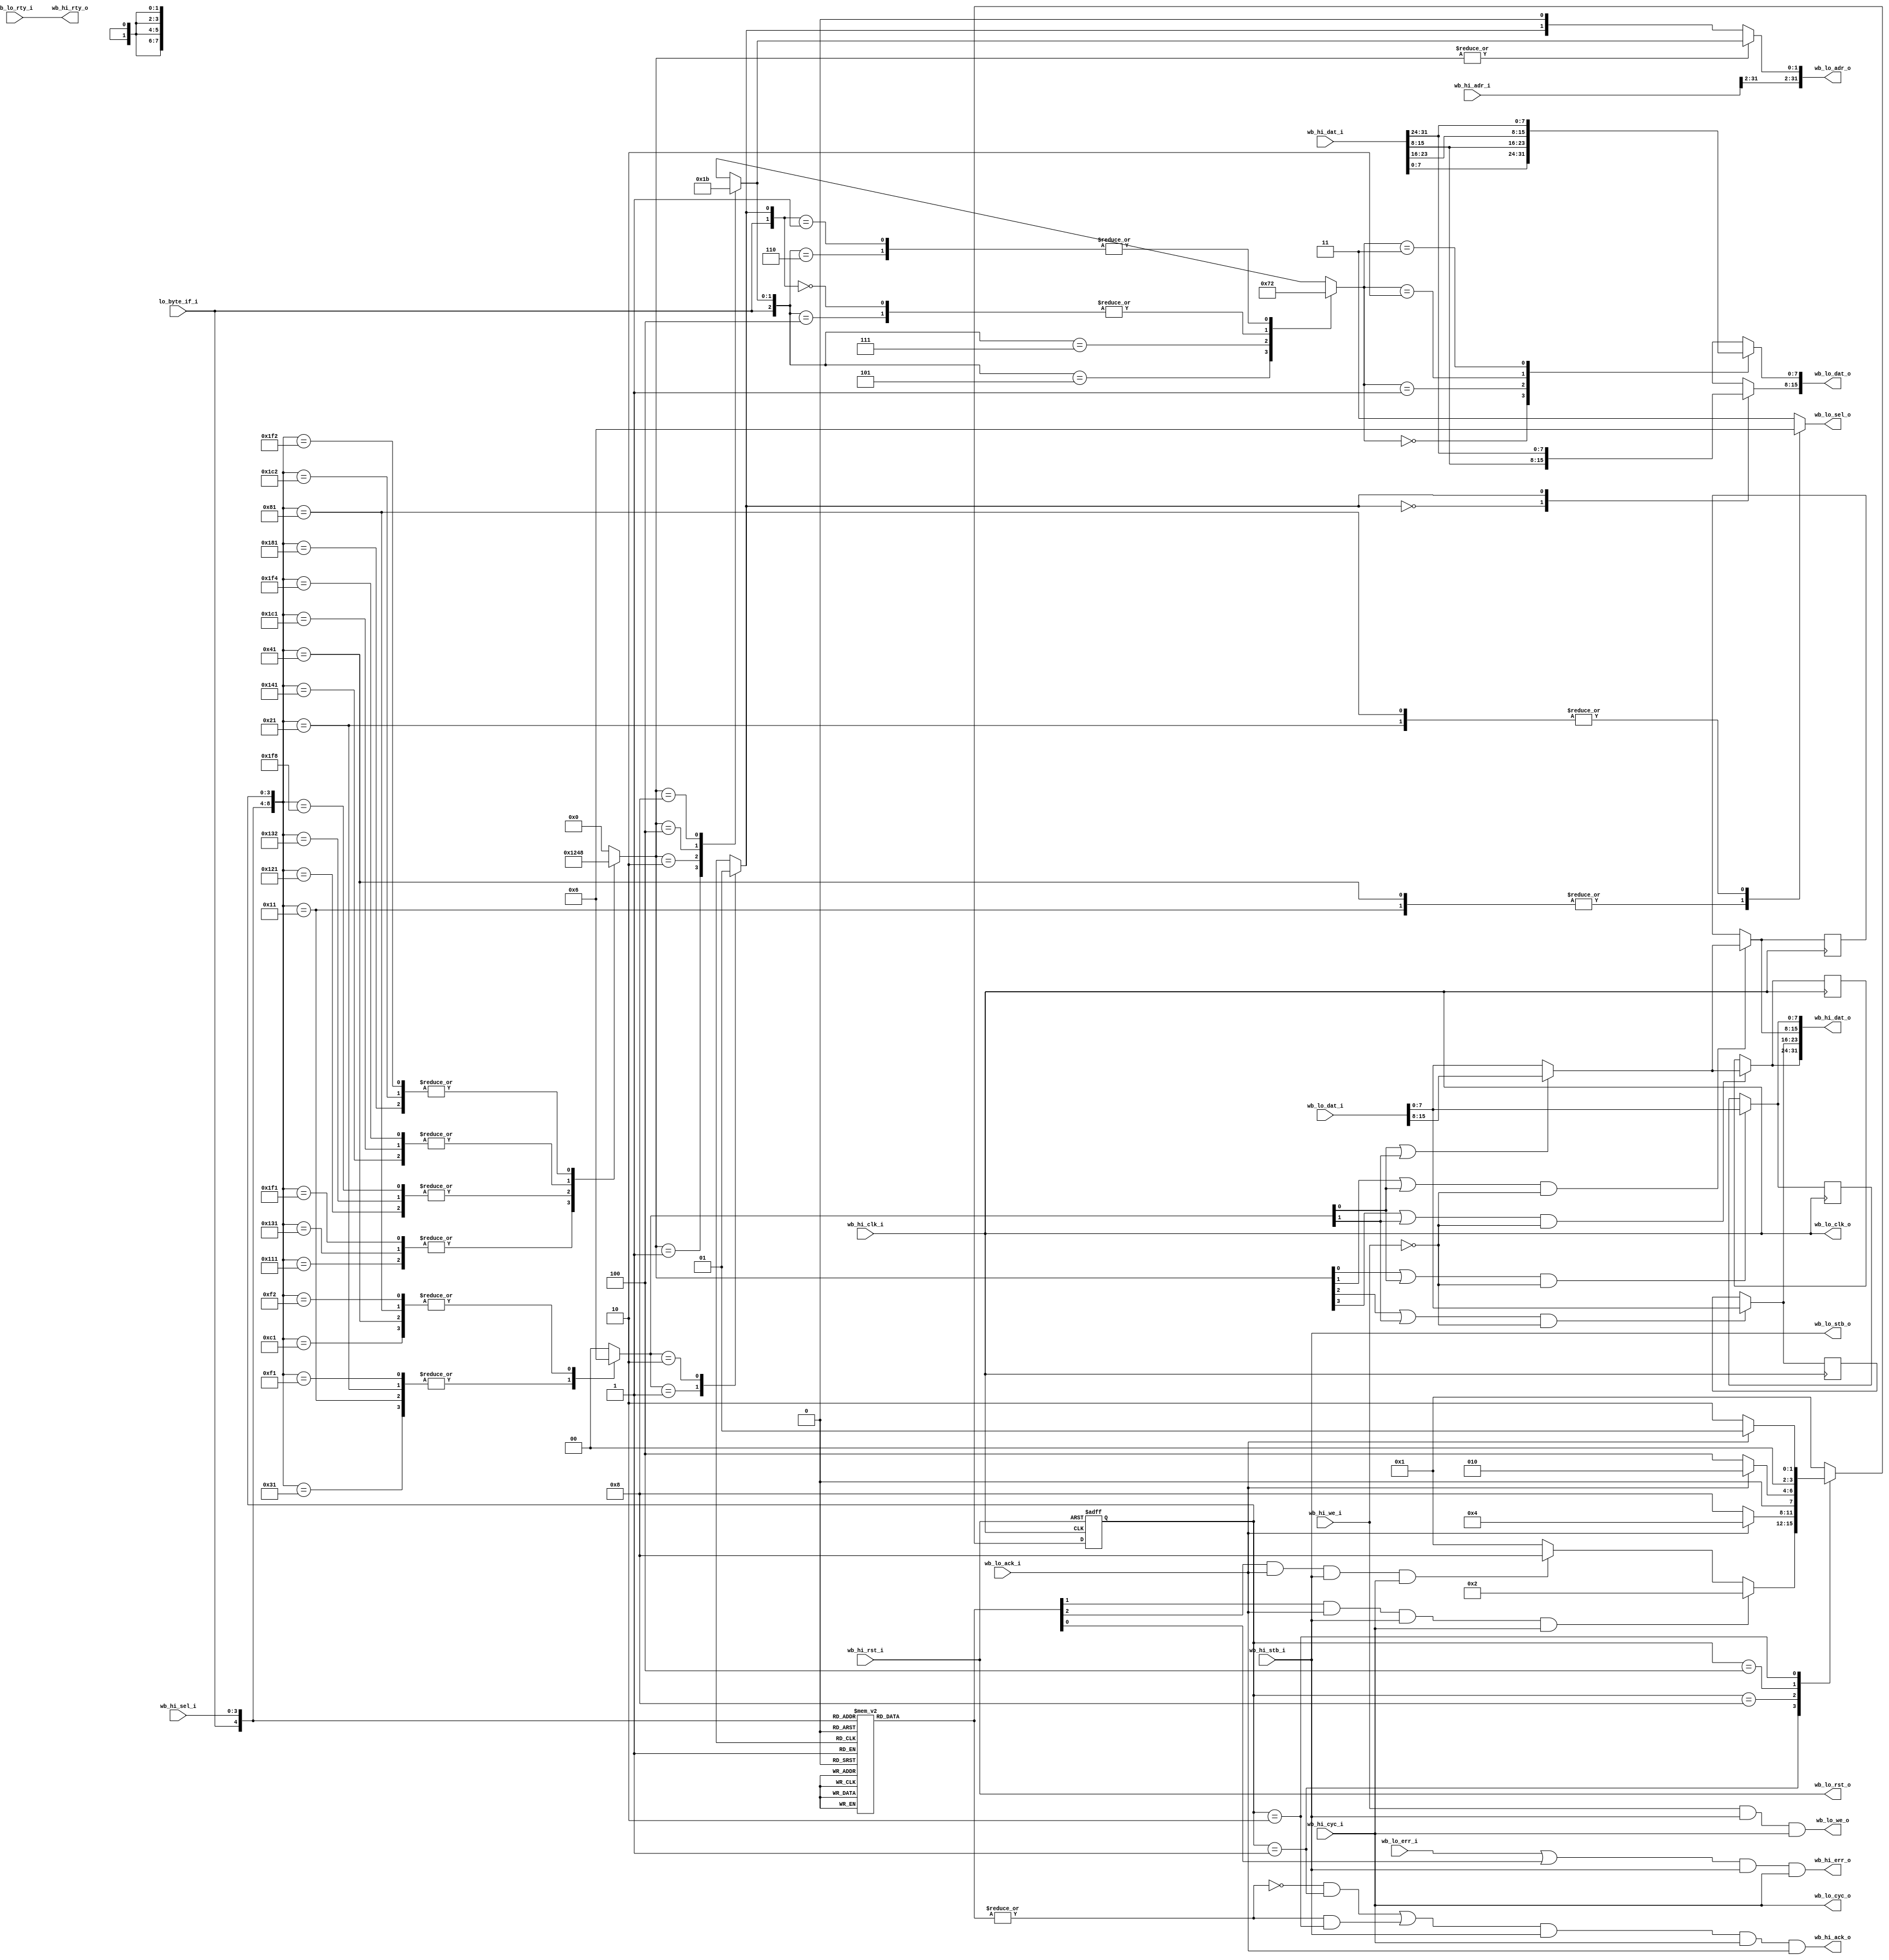
//////////////////////////////////////////////////////////////////////
////                                                              ////
//// Copyright (C) 2009 Authors and OPENCORES.ORG                 ////
////                                                              ////
//// This source file may be used and distributed without         ////
//// restriction provided that this copyright statement is not    ////
//// removed from the file and that any derivative work contains  ////
//// the original copyright notice and the associated disclaimer. ////
////                                                              ////
//// This source file is free software; you can redistribute it   ////
//// and/or modify it under the terms of the GNU Lesser General   ////
//// Public License as published by the Free Software Foundation; ////
//// either version 2.1 of the License, or (at your option) any   ////
//// later version.                                               ////
////                                                              ////
//// This source is distributed in the hope that it will be       ////
//// useful, but WITHOUT ANY WARRANTY; without even the implied   ////
//// warranty of MERCHANTABILITY or FITNESS FOR A PARTICULAR      ////
//// PURPOSE.  See the GNU Lesser General Public License for more ////
//// details.                                                     ////
////                                                              ////
//// You should have received a copy of the GNU Lesser General    ////
//// Public License along with this source; if not, download it   ////
//// from http://www.opencores.org/lgpl.shtml                     ////
////                                                              ////
//////////////////////////////////////////////////////////////////////

`timescale 1ns/10ps


module wb_size_bridge(
                        input         wb_hi_clk_i,
                        input         wb_hi_rst_i,
                        output [31:0] wb_hi_dat_o,
                        input  [31:0] wb_hi_dat_i,
                        input  [31:0] wb_hi_adr_i,
                        input         wb_hi_cyc_i,
                        input         wb_hi_stb_i,
                        input         wb_hi_we_i,
                        input  [3:0]  wb_hi_sel_i,
                        output        wb_hi_ack_o,
                        output        wb_hi_err_o,
                        output        wb_hi_rty_o,

                        output        wb_lo_clk_o,
                        output        wb_lo_rst_o,
                        input  [15:0] wb_lo_dat_i,
                        output [15:0] wb_lo_dat_o,
                        output [31:0] wb_lo_adr_o,
                        output        wb_lo_cyc_o,
                        output        wb_lo_stb_o,
                        output        wb_lo_we_o,
                        output [1:0]  wb_lo_sel_o,
                        input         wb_lo_ack_i,
                        input         wb_lo_err_i,
                        input         wb_lo_rty_i,
                        
                        input         lo_byte_if_i
                      );

  // --------------------------------------------------------------------
  //  state machine encoder
  reg [2:0] state_enc;
  
  wire state_enc_3_more_chunks  = state_enc[2];
  wire state_enc_1_more_chunks  = state_enc[1];
  wire state_enc_error          = state_enc[0];
  
  always @(*)
    case( { lo_byte_if_i, wb_hi_sel_i } )
      5'b1_0001:  state_enc = { 1'b0, 1'b0, 1'b0 };
      5'b1_0010:  state_enc = { 1'b0, 1'b0, 1'b0 };
      5'b1_0100:  state_enc = { 1'b0, 1'b0, 1'b0 };
      5'b1_1000:  state_enc = { 1'b0, 1'b0, 1'b0 };
      5'b1_0011:  state_enc = { 1'b0, 1'b1, 1'b0 };
      5'b1_1100:  state_enc = { 1'b0, 1'b1, 1'b0 };
      5'b1_1111:  state_enc = { 1'b1, 1'b0, 1'b0 };
      5'b0_0001:  state_enc = { 1'b0, 1'b0, 1'b0 };
      5'b0_0010:  state_enc = { 1'b0, 1'b0, 1'b0 };
      5'b0_0100:  state_enc = { 1'b0, 1'b0, 1'b0 };
      5'b0_1000:  state_enc = { 1'b0, 1'b0, 1'b0 };
      5'b0_0011:  state_enc = { 1'b0, 1'b0, 1'b0 };
      5'b0_1100:  state_enc = { 1'b0, 1'b0, 1'b0 };
      5'b0_1111:  state_enc = { 1'b0, 1'b1, 1'b0 };
      default:   state_enc = { 1'b0, 1'b0, 1'b1 };
    endcase
    
    
  // --------------------------------------------------------------------
  //  state machine

  localparam   STATE_DONT_CARE     = 4'b????;
  localparam   STATE_PASS_THROUGH  = 4'b0001;
  localparam   STATE_1_MORE_CHUNK  = 4'b0010;
  localparam   STATE_2_MORE_CHUNK  = 4'b0100;
  localparam   STATE_3_MORE_CHUNK  = 4'b1000;

  reg [3:0] state;
  reg [3:0] next_state;

  always @(posedge wb_hi_clk_i or posedge wb_hi_rst_i)
    if(wb_hi_rst_i)
      state <= STATE_PASS_THROUGH;
    else
      state <= next_state;

  always @(*)
    case( state )
      STATE_PASS_THROUGH: if( state_enc_1_more_chunks & wb_lo_ack_i & wb_hi_stb_i & wb_hi_cyc_i )
                            next_state = STATE_1_MORE_CHUNK;
                          else if( state_enc_3_more_chunks & wb_lo_ack_i & wb_hi_stb_i & wb_hi_cyc_i )
                            next_state = STATE_3_MORE_CHUNK;
                          else
                            next_state = STATE_PASS_THROUGH;

      STATE_3_MORE_CHUNK: if( wb_lo_ack_i )
                            next_state = STATE_2_MORE_CHUNK;
                          else
                            next_state = STATE_3_MORE_CHUNK;
                            
      STATE_2_MORE_CHUNK: if( wb_lo_ack_i )
                            next_state = STATE_1_MORE_CHUNK;
                          else
                            next_state = STATE_2_MORE_CHUNK;

      STATE_1_MORE_CHUNK: if( wb_lo_ack_i )
                            next_state = STATE_PASS_THROUGH;
                          else
                            next_state = STATE_1_MORE_CHUNK;
                        
      default:            next_state = STATE_PASS_THROUGH;
    endcase
    

  // --------------------------------------------------------------------
  //  byte enable & select
  reg [3:0] byte_enable;
  localparam   BYTE_N_ENABLED  = 4'b0000;
  localparam   BYTE_0_ENABLED  = 4'b0001;
  localparam   BYTE_1_ENABLED  = 4'b0010;
  localparam   BYTE_2_ENABLED  = 4'b0100;
  localparam   BYTE_3_ENABLED  = 4'b1000;
  
  reg [1:0] byte_select;
  localparam   BYTE_0_SELECTED  = 2'b00;
  localparam   BYTE_1_SELECTED  = 2'b01;
  localparam   BYTE_2_SELECTED  = 2'b10;
  localparam   BYTE_3_SELECTED  = 2'b11;
  localparam   BYTE_X_SELECTED  = 2'b??;

  always @(*)
    casez( { lo_byte_if_i, wb_hi_sel_i, state } )
      { 1'b1, 4'b0001, STATE_PASS_THROUGH }:  byte_enable = BYTE_0_ENABLED;
      { 1'b1, 4'b0010, STATE_PASS_THROUGH }:  byte_enable = BYTE_1_ENABLED;
      { 1'b1, 4'b0100, STATE_PASS_THROUGH }:  byte_enable = BYTE_2_ENABLED;
      { 1'b1, 4'b1000, STATE_PASS_THROUGH }:  byte_enable = BYTE_3_ENABLED;
      
      { 1'b1, 4'b0011, STATE_PASS_THROUGH }:  byte_enable = BYTE_0_ENABLED;
      { 1'b1, 4'b0011, STATE_1_MORE_CHUNK }:  byte_enable = BYTE_1_ENABLED;
      
      { 1'b1, 4'b1100, STATE_PASS_THROUGH }:  byte_enable = BYTE_2_ENABLED;
      { 1'b1, 4'b1100, STATE_1_MORE_CHUNK }:  byte_enable = BYTE_3_ENABLED;
      
      { 1'b1, 4'b1111, STATE_PASS_THROUGH }:  byte_enable = BYTE_0_ENABLED;
      { 1'b1, 4'b1111, STATE_3_MORE_CHUNK }:  byte_enable = BYTE_1_ENABLED;
      { 1'b1, 4'b1111, STATE_2_MORE_CHUNK }:  byte_enable = BYTE_2_ENABLED;
      { 1'b1, 4'b1111, STATE_1_MORE_CHUNK }:  byte_enable = BYTE_3_ENABLED;
      
      { 1'b0, 4'b????, STATE_DONT_CARE }:     byte_enable = BYTE_N_ENABLED;
      default:                                byte_enable = BYTE_N_ENABLED;
    endcase

  always @(*)
    case( byte_enable )
      BYTE_0_ENABLED:  byte_select = BYTE_0_SELECTED;
      BYTE_1_ENABLED:  byte_select = BYTE_1_SELECTED;
      BYTE_2_ENABLED:  byte_select = BYTE_2_SELECTED;
      BYTE_3_ENABLED:  byte_select = BYTE_3_SELECTED;
      default:  byte_select = 2'bxx;
    endcase
    

  // --------------------------------------------------------------------
  //  word enable & select
  reg [1:0] word_enable;
  localparam   WORD_N_ENABLED  = 2'b00;
  localparam   WORD_0_ENABLED  = 2'b01;
  localparam   WORD_1_ENABLED  = 2'b10;
  
  reg word_select;
  localparam   WORD_0_SELECTED  = 1'b0;
  localparam   WORD_1_SELECTED  = 1'b1;
  localparam   WORD_X_SELECTED  = 1'b?;

  always @(*)
    casez( { lo_byte_if_i, wb_hi_sel_i, state } )
      { 1'b0, 4'b0011, STATE_PASS_THROUGH }:  word_enable = WORD_0_ENABLED;
      { 1'b0, 4'b1100, STATE_PASS_THROUGH }:  word_enable = WORD_1_ENABLED;
      { 1'b0, 4'b0001, STATE_PASS_THROUGH }:  word_enable = WORD_0_ENABLED;
      { 1'b0, 4'b0010, STATE_PASS_THROUGH }:  word_enable = WORD_0_ENABLED;
      { 1'b0, 4'b0100, STATE_PASS_THROUGH }:  word_enable = WORD_1_ENABLED;
      { 1'b0, 4'b1000, STATE_PASS_THROUGH }:  word_enable = WORD_1_ENABLED;
            
      { 1'b0, 4'b1111, STATE_PASS_THROUGH }:  word_enable = WORD_0_ENABLED;
      { 1'b0, 4'b1111, STATE_1_MORE_CHUNK }:  word_enable = WORD_1_ENABLED;
      
      { 1'b1, 4'b????, STATE_DONT_CARE }:     word_enable = WORD_N_ENABLED;
      default:                                word_enable = WORD_N_ENABLED;
    endcase

  always @(*)
    case( word_enable )
      WORD_0_ENABLED: word_select = WORD_0_SELECTED;
      WORD_1_ENABLED: word_select = WORD_1_SELECTED;
      default:        word_select = 1'bx;
    endcase
    

  // --------------------------------------------------------------------
  //  write mux
  reg [1:0] byte_write_mux_enc;
  
  always @(*)
    casez( {lo_byte_if_i, byte_select, word_select} )
      { 1'b1, BYTE_0_SELECTED, WORD_X_SELECTED }: byte_write_mux_enc = 2'b00;
      { 1'b1, BYTE_1_SELECTED, WORD_X_SELECTED }: byte_write_mux_enc = 2'b01;
      { 1'b1, BYTE_2_SELECTED, WORD_X_SELECTED }: byte_write_mux_enc = 2'b10;
      { 1'b1, BYTE_3_SELECTED, WORD_X_SELECTED }: byte_write_mux_enc = 2'b11;
      { 1'b0, BYTE_X_SELECTED, WORD_0_SELECTED }: byte_write_mux_enc = 2'b00;
      { 1'b0, BYTE_X_SELECTED, WORD_1_SELECTED }: byte_write_mux_enc = 2'b10;
      default:                                    byte_write_mux_enc = 2'b00;
    endcase
  
  reg [7:0] byte_write_mux;

  always @(*)
    case( byte_write_mux_enc )
      2'b00:    byte_write_mux = wb_hi_dat_i[7:0];
      2'b01:    byte_write_mux = wb_hi_dat_i[15:8];
      2'b10:    byte_write_mux = wb_hi_dat_i[23:16];
      2'b11:    byte_write_mux = wb_hi_dat_i[31:24];
      default:  byte_write_mux = wb_hi_dat_i[7:0];
    endcase
    
  reg [7:0] word_write_mux;

  always @(*)
    case( word_select )
      WORD_0_SELECTED:  word_write_mux = wb_hi_dat_i[15:8];
      WORD_1_SELECTED:  word_write_mux = wb_hi_dat_i[31:24];
      default:          word_write_mux = wb_hi_dat_i[15:8];
    endcase
    
    
  // --------------------------------------------------------------------
  //  read buffer & bypass mux 
  
  // low side input mux
  wire [7:0] read_word_lo_mux = wb_lo_dat_i[7:0];
  wire [7:0] read_word_hi_mux = ( word_enable[0] | word_enable[1] )? wb_lo_dat_i[15:8] : wb_lo_dat_i[7:0];
  
  reg [31:0] read_buffer;
  
  wire read_buffer_0_enable = (byte_enable[0] | word_enable[0]) & ~wb_hi_we_i;
  wire read_buffer_1_enable = (byte_enable[1] | word_enable[0]) & ~wb_hi_we_i;
  wire read_buffer_2_enable = (byte_enable[2] | word_enable[1]) & ~wb_hi_we_i;
  wire read_buffer_3_enable = (byte_enable[3] | word_enable[1]) & ~wb_hi_we_i;
  
  always @(posedge wb_hi_clk_i)
    if( read_buffer_0_enable )
      read_buffer[7:0] <= read_word_lo_mux;
      
  always @(posedge wb_hi_clk_i)
    if( read_buffer_1_enable )
      read_buffer[15:8] <= read_word_hi_mux;
      
  always @(posedge wb_hi_clk_i)
    if( read_buffer_2_enable )
      read_buffer[23:16] <= read_word_lo_mux;
      
  always @(posedge wb_hi_clk_i)
    if( read_buffer_3_enable )
      read_buffer[31:24] <= read_word_hi_mux;
      
  wire [31:0] read_buffer_mux;
  
  // bypass read mux
  assign read_buffer_mux[7:0]   = read_buffer_0_enable ? read_word_lo_mux : read_buffer[7:0];
  assign read_buffer_mux[15:8]  = read_buffer_1_enable ? read_word_hi_mux : read_buffer[15:8];
  assign read_buffer_mux[23:16] = read_buffer_2_enable ? read_word_lo_mux : read_buffer[23:16];
  assign read_buffer_mux[31:24] = read_buffer_3_enable ? read_word_hi_mux : read_buffer[31:24];
      
      
  // --------------------------------------------------------------------
  //  misc logic
  wire [1:0] lo_addr_bits;
  assign lo_addr_bits = ( |byte_enable ) ? byte_select : { word_select, 1'b0 };
  
  wire all_done = ( ~(|state_enc) & (state == STATE_PASS_THROUGH) ) |
                  ( |state_enc & (state == STATE_1_MORE_CHUNK) );
                  
  reg [1:0] wb_lo_sel_r;                                  
  always @(*)
    casez( { lo_byte_if_i, wb_hi_sel_i, state } )      
      { 1'b0, 4'b0001, STATE_PASS_THROUGH }:  wb_lo_sel_r = 2'b01;
      { 1'b0, 4'b0010, STATE_PASS_THROUGH }:  wb_lo_sel_r = 2'b10;
      { 1'b0, 4'b0100, STATE_PASS_THROUGH }:  wb_lo_sel_r = 2'b01;
      { 1'b0, 4'b1000, STATE_PASS_THROUGH }:  wb_lo_sel_r = 2'b10;
      default:                                wb_lo_sel_r = 2'b11;
    endcase
    

    
  // --------------------------------------------------------------------
  //  output port assignments
  assign wb_hi_dat_o = read_buffer_mux;
  assign wb_hi_err_o = (wb_lo_err_i | state_enc_error) & wb_hi_stb_i & wb_hi_cyc_i;
  assign wb_hi_rty_o = wb_lo_rty_i;
  assign wb_hi_ack_o = all_done & wb_hi_stb_i & wb_hi_cyc_i & wb_lo_ack_i;
  
  assign wb_lo_adr_o = { wb_hi_adr_i[31:2], lo_addr_bits };
  assign wb_lo_clk_o = wb_hi_clk_i;
  assign wb_lo_rst_o = wb_hi_rst_i;
  assign wb_lo_cyc_o = wb_hi_cyc_i;
  assign wb_lo_stb_o = wb_hi_stb_i;
  assign wb_lo_we_o  = wb_hi_we_i & wb_hi_stb_i & wb_hi_cyc_i;
  assign wb_lo_dat_o = {word_write_mux, byte_write_mux};
  assign wb_lo_sel_o = wb_lo_sel_r;
  

endmodule